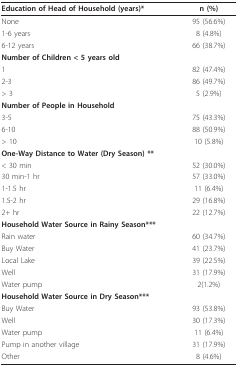
| Education of Head of Household (years)* | n (%) |
 | --- | --- |
 | None | 95 (56.6%) |
 | 1-6 years | 8 (4.8%) |
 | 6-12 years | 66 (38.7%) |
 | Number of Children < 5 years old |  |
 | 1 | 82 (47.4%) |
 | 2-3 | 86 (49.7%) |
 | > 3 | 5 (2.9%) |
 | Number of People in Household |  |
 | 3-5 | 75 (43.3%) |
 | 6-10 | 88 (50.9%) |
 | > 10 | 10 (5.8%) |
 | One-Way Distance to Water (Dry Season) ** |  |
 | < 30 min | 52 (30.0%) |
 | 30 min-1 hr | 57 (33.0%) |
 | 1-1.5 hr | 11 (6.4%) |
 | 1.5-2 hr | 29 (16.8%) |
 | 2+ hr | 22 (12.7%) |
 | Household Water Source in Rainy Season*** |  |
 | Rain water | 60 (34.7%) |
 | Buy Water | 41 (23.7%) |
 | Local Lake | 39 (22.5%) |
 | Well | 31 (17.9%) |
 | Water pump | 2(1.2%) |
 | Household Water Source in Dry Season*** |  |
 | Buy Water | 93 (53.8%) |
 | Well | 30 (17.3%) |
 | Water pump | 11 (6.4%) |
 | Pump in another village | 31 (17.9%) |
 | Other | 8 (4.6%) |